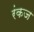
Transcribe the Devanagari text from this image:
रंकज